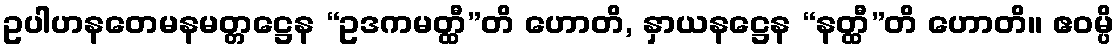
ဥပါဟနတေမနမတ္တဋ္ဌေန “ဥဒကမတ္ထီ”တိ ဟောတိ, နှာယနဋ္ဌေန “နတ္ထီ”တိ ဟောတိ။ ဧဝမ္ပိ